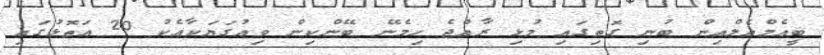
ބީއެމްއެލްއިން ބުނި ގޮތިގައި މުޅި ރާއްޖެ ހިމެނޭ ބޭންކިން ވިއުގަޔަކާއެކު 20 އަތޮޅުގައި